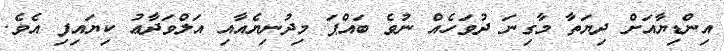
އިންޑިޔާއަށް ދިޔަތާ މާގިނަ ދުވަހެއް ނުވެ ބައްޕަ މިދުނިޔެއާއި އަލްވަދާޢު ކިޔައިފި އެވެ.